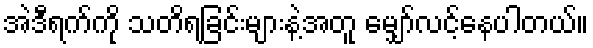
အဲဒီရက်ကို သတိရခြင်းများနဲ့အတူ မျှော်လင့်နေပါတယ်။